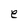
Character: e